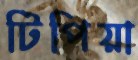
টিপিয়া